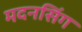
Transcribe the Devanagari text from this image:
मदनसिंग